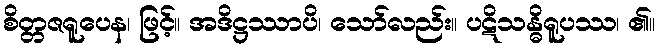
စိတ္တဇရူပေန၊ ဖြင့်။ အဒိဋ္ဌဿာပိ၊ သော်လည်း။ ပဋိသန္ဓိရူပဿ၊ ၏။